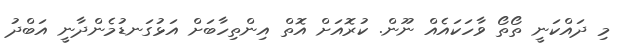
މި ދައްކަނީ ތޯތޯ ވާހަކައެއް ނޫން. ކުރޮއަށް އޮތް އިންތިހާބަށް އަޅުގަނޑުމެންދާނީ އަބްދު